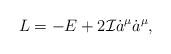
LaTeX: \begin{align*}L=-E+2{\cal I}\dot{a}^{\mu}\dot{a}^{\mu},\end{align*}